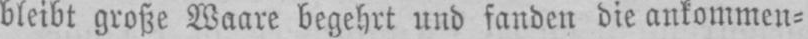
bleibt große Waare begehrt und fanden die ankommen⸗